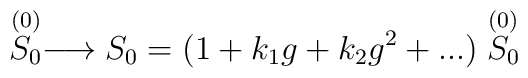
\stackrel{(0)}{S_0}\longrightarrow S_0 = (1 + k_1 g + k_2 g^2 + ...)\stackrel{(0)}{S_0}